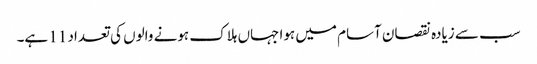
سب سے زیادہ نقصان آسام میں ہوا جہاں ہلاک ہونے والوں کی تعداد 11 ہے۔